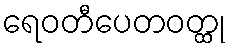
ရေဝတီပေတဝတ္ထု